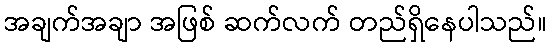
အချက်အချာ အဖြစ် ဆက်လက် တည်ရှိနေပါသည်။